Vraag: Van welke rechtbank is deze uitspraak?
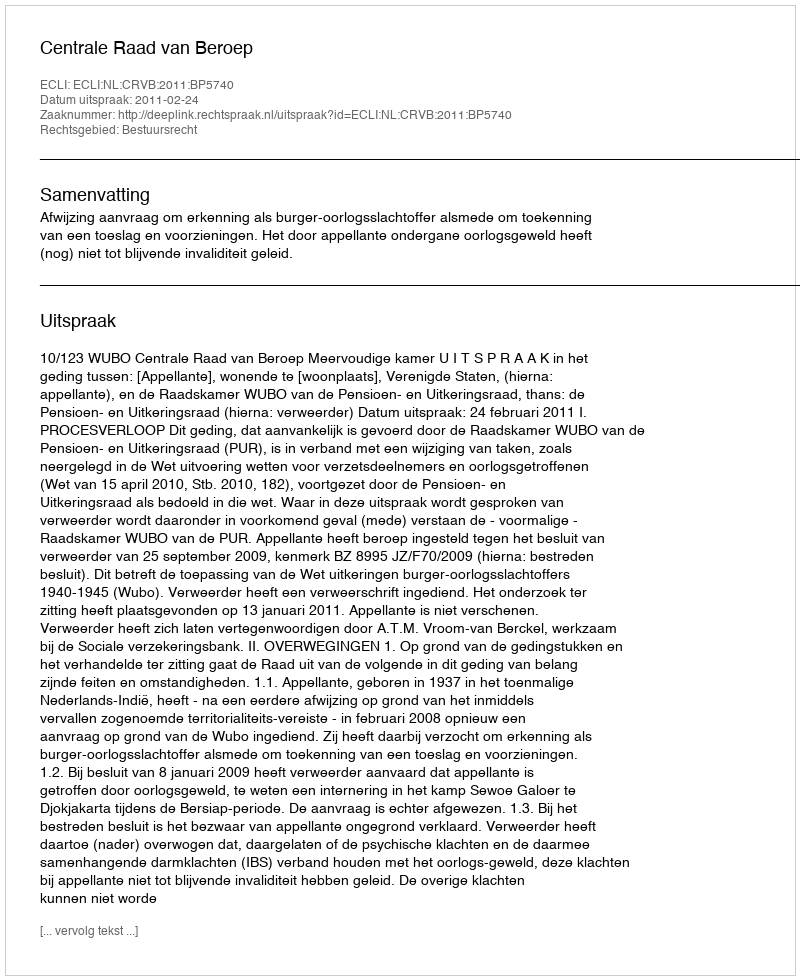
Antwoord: Centrale Raad van Beroep